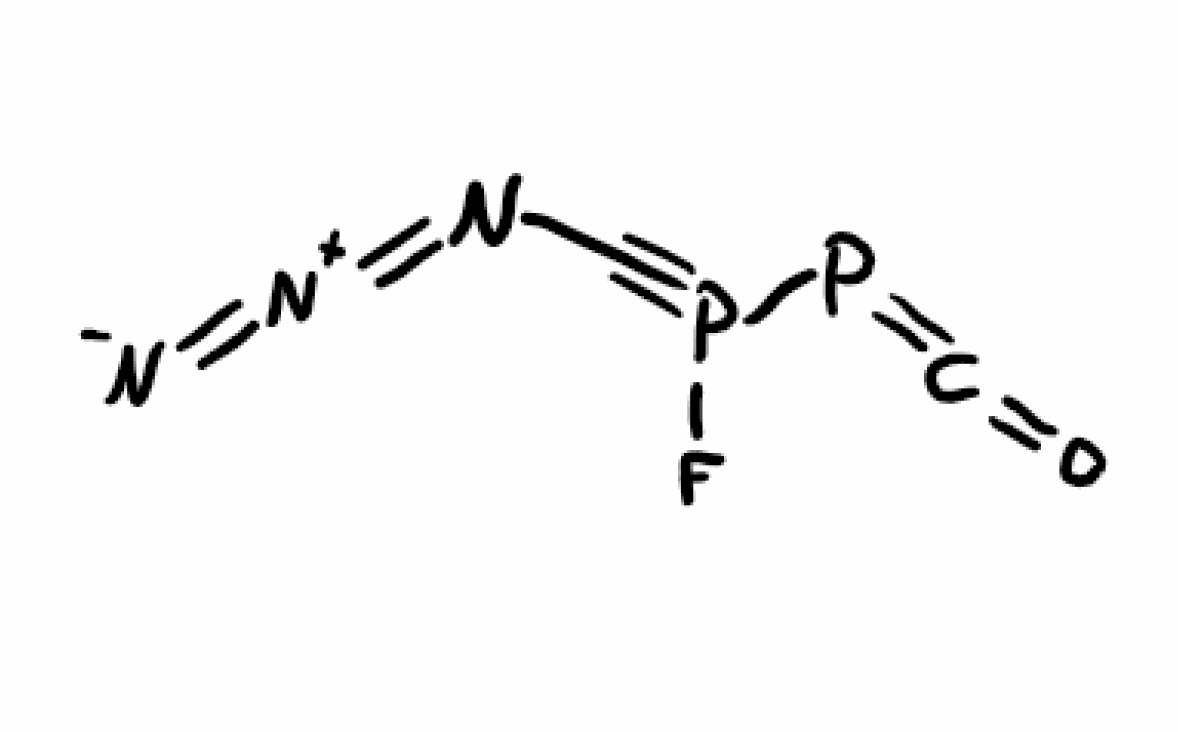
Simplified molecular-input line-entry system (SMILES) notation of the given molecule:
C(#P(F)P=C=O)N=[N+]=[N-]